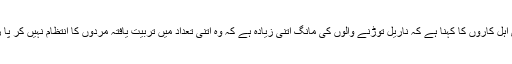
سرکاری اہل کاروں کا کہنا ہے کہ ناریل توڑنے والوں کی مانگ اتنی زیادہ ہے کہ وہ اتنی تعداد میں تربیت یافتہ مردوں کا انتظام نہیں کر پا رہے ہیں۔